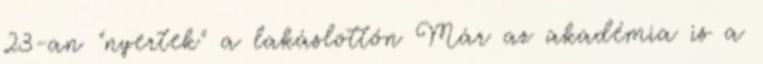
23-an "nyertek" a lakáslottón Már az akadémia is a